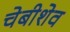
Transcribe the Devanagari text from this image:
चेबीशेव